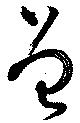
曽